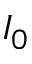
I _ { 0 }